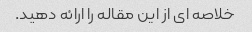
خلاصه ای از این مقاله را ارائه دهید.